Annual report on the Civil Veterinary Department, Burma (including the Insein Veterinary School) - 1910-1922
Year: 1910
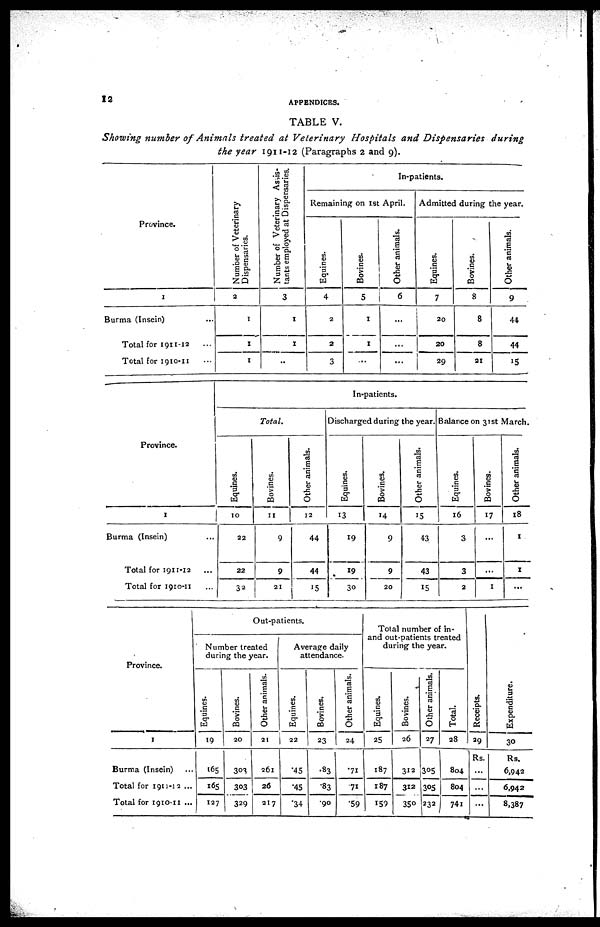
12
APPENDICES.
TABLE V.
Showing number of Animals treated at Veterinary
Hospitals and Dispensaries
during
the year 1911-12 (Paragraphs 2 and 9).
Province.
1
Burma (Insein) ...
Total for 1911-12 ...
Total for 1910-11 ...
Number of Veterinary
Dispensaries.
2
1
I
1
Number of Veterinary Assis-
tants employed at Dispensaries.
3
1
1
..
In-patients.
Remaining on 1st April.
Equines.
4
2
2
3
Bovines.
5
1
I
...
Other animals.
6
...
...
...
Admitted during the year.
Equines.
7
20
20
29
Bovines.
8
8
8
21
Other animals.
9
44
44
15
Province.
1
Burma (Insein) ...
Total for 1911-12 ...
Total for 1910-11 ...
In-patients.
Total.
Equines.
10
22
22
32
Bovines.
11
9
9
21
Other animals.
12
44
44
15
Discharged during the year.
Balance on 31st March.
Equines.
13
19
19
30
Bovines.
14
9
9
20
Other animals.
15
43
43
15
Equines.
16
3
3
2
Bovines.
17
...
...
1
Other animals.
18
1
1
...
Province.
1
Burma (Insein) ...
Total for 1911-12 ...
Total for 1910-11 ...
Out-patients.
Number treated
during the year.
Equines.
19
165
165
127
Bovines.
20
303
303
329
Other animals.
21
261
26
217
Average daily
attendance.
Equines.
22
.45
.45
.34
Bovines.
23
.83
.83
.90
Other animals.
24
.71
.71
.59
Total number of in-
and out-patients treated
during the year.
Equines.
25
187
187
159
Bovines.
26
312
312
350
Other animals.
27
305
305
232
Total.
28
804
804
741
Receipts.
29
Rs.
...
...
...
Expenditure.
30
Rs.
6,942
6,942
8,387